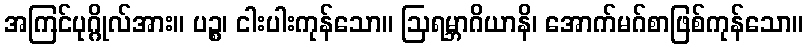
အကြင်ပုဂ္ဂိုလ်အား။ ပဉ္စ၊ ငါးပါးကုန်သော။ ဩရမ္ဘာဂိယာနိ၊ အောက်မဂ်စာဖြစ်ကုန်သော။